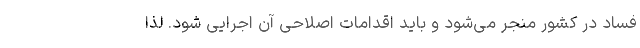
فساد در کشور منجر می‌شود و باید اقدامات اصلاحی آن اجرایی شود. لذا